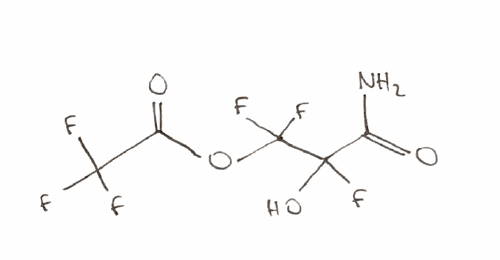
Simplified molecular-input line-entry system (SMILES) notation of the given molecule:
C(=O)(C(C(OC(=O)C(F)(F)F)(F)F)(O)F)N